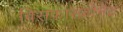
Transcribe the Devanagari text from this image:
बिसफ़ास्फ़ोनेट